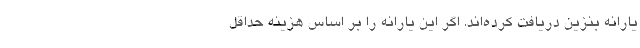
یارانه بنزین دریافت کرده‌اند. اگر این یارانه را بر اساس هزینه حداقل